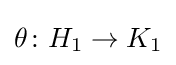
\theta \colon H_{1}\to K_{1}